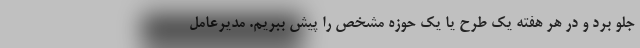
جلو برد و در هر هفته یک طرح یا یک حوزه مشخص را پیش ببریم. مدیرعامل